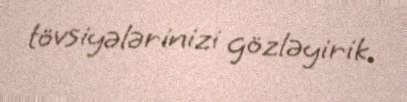
tövsiyələrinizi gözləyirik.